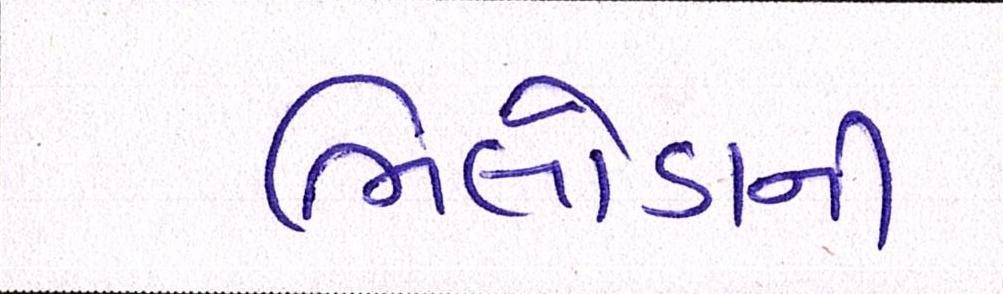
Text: ભિલોડાની